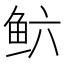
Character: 𲍋